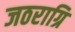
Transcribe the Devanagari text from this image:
जठराग्रि